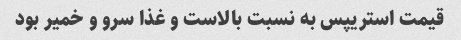
قیمت استریپس به نسبت بالاست و غذا سرو و خمیر بود